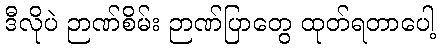
ဒီလိုပဲ ဉာဏ်စိမ်း ဉာဏ်ပြာတွေ ထုတ်ရတာပေါ့